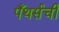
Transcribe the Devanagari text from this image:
पँथर्सची